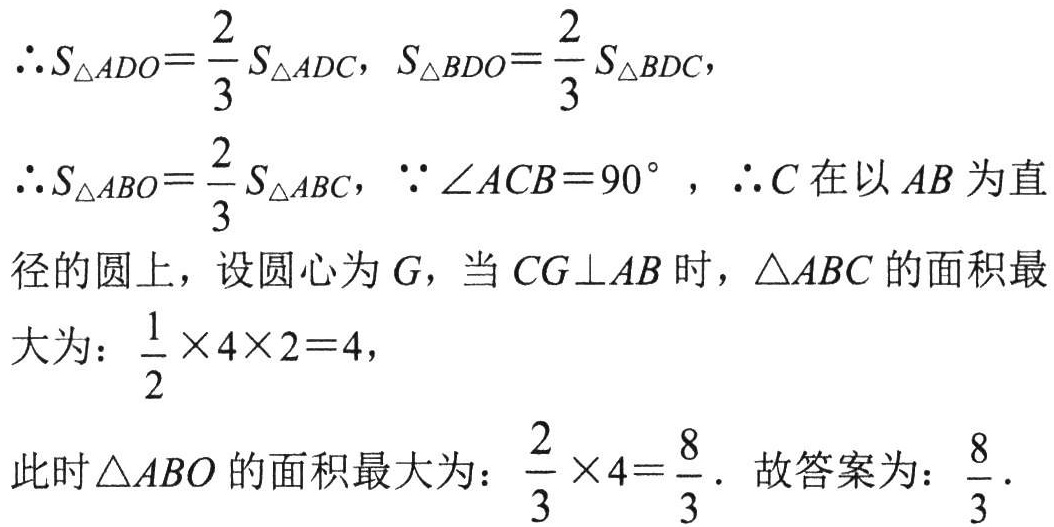
\(\therefore S_{\triangle ADO}=\frac{2}{3}S_{\triangle ADC},\ S_{\triangle BDO}=\frac{2}{3}S_{\triangle BDC},\)
\(\therefore S_{\triangle ABO}=\frac{2}{3}S_{\triangle ABC},\ \because \angle ACB = 90^{\circ},\ \therefore C\)在以\(AB\)为直
径的圆上，设圆心为\(G\)，当\(CG\perp AB\)时，\(\triangle ABC\)的面积最
大为：\(\frac{1}{2}\times4\times2 = 4,\)
此时\(\triangle ABO\)的面积最大为：\(\frac{2}{3}\times4=\frac{8}{3}\). 故答案为：\(\frac{8}{3}\).